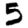
Digit: 5